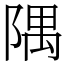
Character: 隅